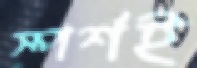
স্পর্শই